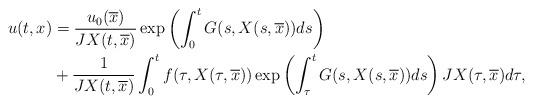
LaTeX: \begin{align*}u(t,x)&=\frac{u_0(\overline{x})}{JX(t,\overline{x})} \exp\left(\int_{0}^{t}G(s,X(s,\overline{x}))ds\right)\\&+\frac{1}{JX(t,\overline{x})}\int_{0}^{t}f(\tau,X(\tau,\overline{x})) \exp\left(\int_{\tau}^{t}G(s,X(s,\overline{x}))ds\right) JX(\tau,\overline{x})d\tau,\end{align*}